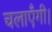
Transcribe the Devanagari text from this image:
चलाएँगी।